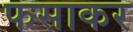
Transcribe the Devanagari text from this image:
फसाकर